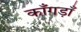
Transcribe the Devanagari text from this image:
काँगड़ाँ